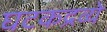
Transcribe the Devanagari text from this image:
घटकद्रव्ये